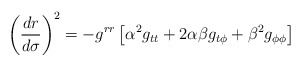
\begin{align*}\left ( \frac{dr}{d\sigma} \right )^{2} = - g^{rr} \left [ \alpha^{2}g_{tt} + 2\alpha\beta g_{t\phi} + \beta^{2} g_{\phi\phi}\right ]\end{align*}